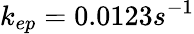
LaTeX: k_{ep}=0.0123s^{-1}